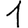
Digit: 1